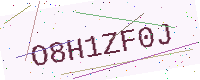
Text: O8H1ZF0J